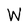
Character: W